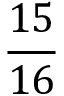
\frac { 1 5 } { 1 6 }